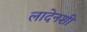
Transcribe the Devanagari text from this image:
लादेनशी